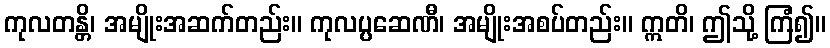
ကုလတန္တိ၊ အမျိုးအဆက်တည်း။ ကုလပ္ပဆေဏီ၊ အမျိုးအစပ်တည်း။ ဣတိ၊ ဤသို့ ကြံ၍။